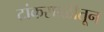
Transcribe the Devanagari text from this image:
टांकसाळीतून